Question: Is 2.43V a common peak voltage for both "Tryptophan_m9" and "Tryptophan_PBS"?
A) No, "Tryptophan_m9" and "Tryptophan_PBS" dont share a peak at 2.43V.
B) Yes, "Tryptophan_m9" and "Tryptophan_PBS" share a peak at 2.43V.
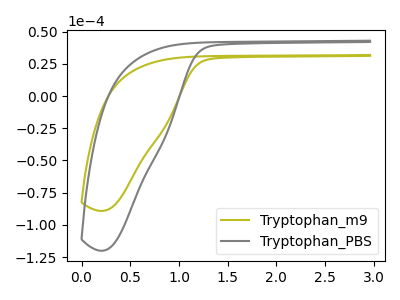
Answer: <think>The olive curve "Tryptophan_m9" has no peaks. The gray curve "Tryptophan_PBS" has no peaks.</think>
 <answer>A) No, "Tryptophan_m9" and "Tryptophan_PBS" dont share a peak at 2.43V.</answer>
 <eval>A</eval>